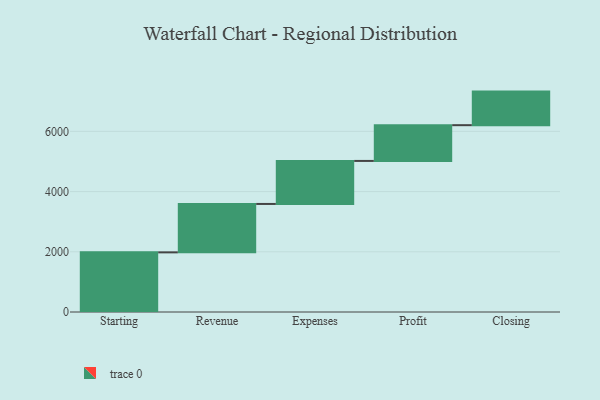
{"axis": {"x": "Step", "y": "Value"}, "legend": [""], "data": [{"x": "Starting", "y": 1981.0, "type": ""}, {"x": "Revenue", "y": 1608.0, "type": ""}, {"x": "Expenses", "y": 1429.0, "type": ""}, {"x": "Profit", "y": 1188.0, "type": ""}, {"x": "Closing", "y": 1115.0, "type": ""}]}